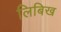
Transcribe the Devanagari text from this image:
लिबिख